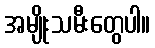
အမျိုးသမီးတွေပါ။